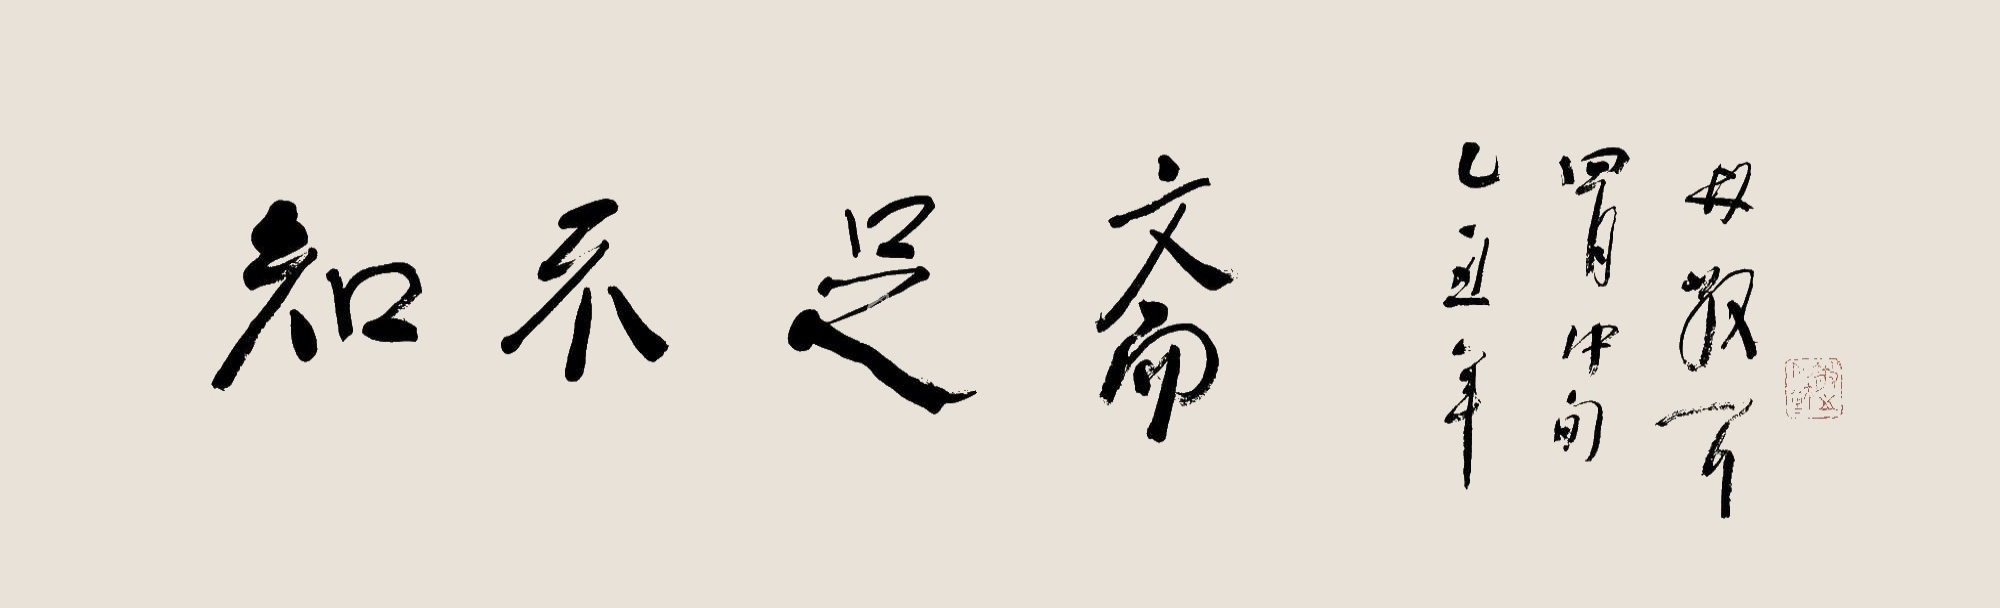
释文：知不足斋。乙丑年四月中旬，林散耳。